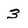
Character: 3